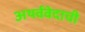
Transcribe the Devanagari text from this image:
अथर्ववेदाची